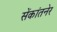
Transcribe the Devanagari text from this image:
सेंकांतनेर